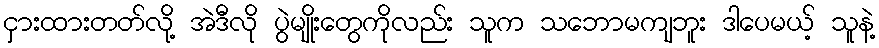
ငှားထားတတ်လို့ အဲဒီလို ပွဲမျိုးတွေကိုလည်း သူက သဘောမကျဘူး ဒါပေမယ့် သူနဲ့